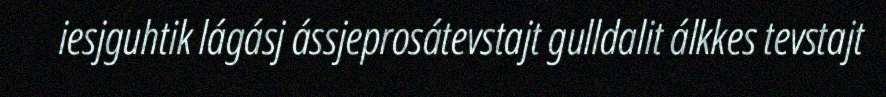
iesjguhtik lágásj ássjeprosátevstajt gulldalit álkkes tevstajt